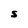
Character: S